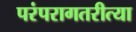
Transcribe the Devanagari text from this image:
परंपरागतरीत्या